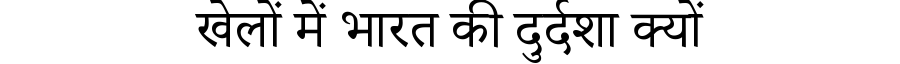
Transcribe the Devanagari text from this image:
खेलों में भारत की दुर्दशा क्यों